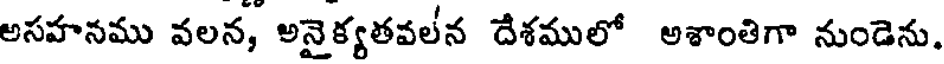
అసహనము వలన, అనైక్యతవలీన దేశములో అశాంతిగా నుండెను.